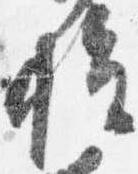
権